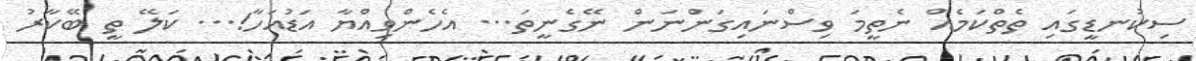
ސިކުނޑީގައި ތެތްކަމެއް ނެތީމަ ވިސްނައިގަންނަން ނޭގެނީތަ... އެހެންވިއްޔާ އަޑުއަހާ!... ކަލޭ ތީ ބޭކާރު